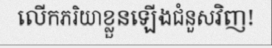
លើកភរិយាខ្លួនឡើងជំនួសវិញ!